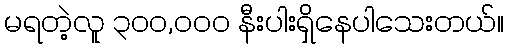
မရတဲ့လူ ၃၀၀,၀၀၀ နီးပါးရှိနေပါသေးတယ်။